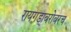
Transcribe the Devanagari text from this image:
रायगडाबरोबरच